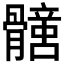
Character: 𩪟